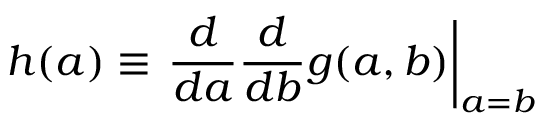
h ( a ) \equiv \left. { \frac { d } { d a } } { \frac { d } { d b } } g ( a , b ) \right| _ { a = b }